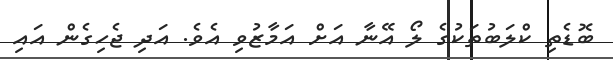
ބޮޑެތި ކްލަބުތަކުގެ ލޯ އޭނާ އަށް އަމާޒުވި އެވެ. އަދި ޖެހިގެން އައި